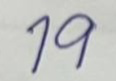
19